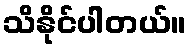
သိနိုင်ပါတယ်။